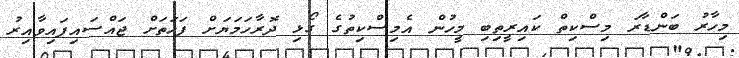
މިހާރު ބަންޑާރަ މިސްކިތް ކައިރީތިބި މީހުން އެމިސްކިތުގެ ގޯޅި ދޮރާހަމަޔަށް ފަހަތަށް ޖައްސައިފައިވާއިރު